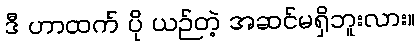
ဒီ ဟာထက် ပို ယဉ်တဲ့ အဆင်မရှိဘူးလား။